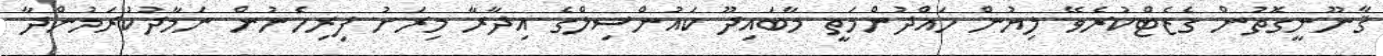
ޤާނޫނީގޮތުން ގެޒެޓްކުރެވޭ ލިޔުން ހައްދުންމަތީ މާބައިދޫ ކައުންސިލްގެ އިދާރާ މިރަށު ފިރިހެނުން ނަމާދުކުރަމުންދާ